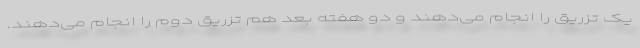
یک تزریق را انجام می‌دهند و دو هفته بعد هم تزریق دوم را انجام می‌دهند.